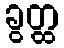
ခွတ္ထ